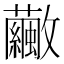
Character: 𣀸